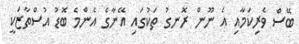
ބޭސް ވެރިކަމާއި އެ ނޫން ރޮނގު ތަކުގައި އޭނާގެ އެންމެ ބޮޑު އުސްތާޒަކީ